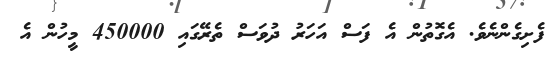
ފެށިގެންނެވެ. އެގޮތުން އެ ފަސް އަހަރު ދުވަސް ތެރޭގައި 450000 މީހުން އެ